Indian journal of veterinary science and animal husbandry - Volumes 28-29, 1958-1959
Year: 1958
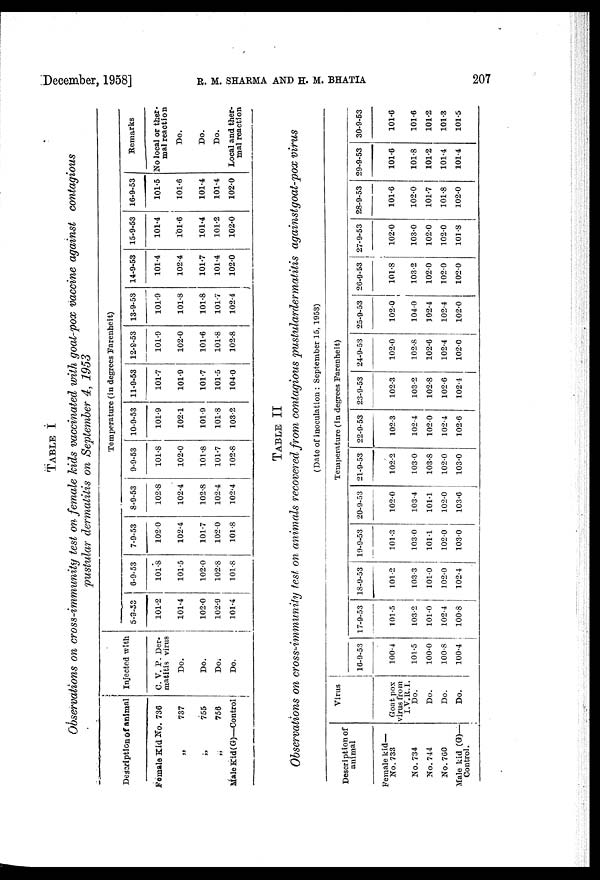
December, 1958] R. M. SHARMA AND H. M. BHATIA 207
TABLE I
Observations on cross-immunity test on female kids vaccinated with goat-pox vaccine against contagious
pustular dermatitis on September 4, 1953
Description of animal
Female Kid No. 736
„ 737
„ 755
„ 756
Male Kid (G)—Control
Injected with
C. V. P. Der-
matitis virus
Do.
Do.
Do.
Do.
Temperature (in degrees Farenheit)
5-9-53
101.2
101.4
102.0
102.9
101.4
6-9-53
101.8
101.5
102.0
102.8
101.8
7-9-53
102.0
102.4
101.7
102.0
101.8
8-9-53
102.8
102.4
102.8
102.4
102.4
9-9-53
101.8
102.0
101.8
101.7
102.8
10-9-53
101.9
102.1
101.9
101.8
103.2
11-9-53
101.7
101.9
101.7
101.5
104.0
12-9-53
101.9
102.0
101.6
101.8
102.8
13-9-53
101.9
101.8
101.8
101.7
102.4
14-9-53
101.4
102.4
101.7
101.4
102.0
15-9-53
101.4
101.6
101.4
101.2
102.0
16-9-53
101.5
101.6
101.4
101.4
102.0
Remarks
No local or ther-
mal reaction
Do.
Do.
Do.
Local and ther-
mal reaction
TABLE II
Observations on cross-immunity test on animals recovered from contagious pustulardermatitis
againstgoat-pox virus
(Date of inoculation : September 15, 1953)
Description of
animal
Female kid—
No. 733
No. 734
No. 744
No. 760
Male kid (G)—
Control.
Virus
Temperature (in degrees Farenheit)
16-9-53 17-9-53 18-9-53 19-9-53 20-9-53 21-9-53 22-9-53 23-9-53 24-9-53 25-9-53 26-9-53 27-9-53 28-9-53 29-9-53 30-9-53
Goat pox
virus from
I.V.R.I. Do.
Do.
Do.
Do.
100.4
101.5
100.0
100.8
100.4
101.5
103.2
101.0
102.4
100.8
101.2
103.3
101.0
102.0
102.4
101.3
103.0
101.1
102.0
103.0
102.0
103.4
101.1
102.0
103.6
102.2
103.0
103.8
102.0
103.0
102.3
102.4
102.0
102.4
102.6
102.3
103.2
102.8
102.6
102.4
102.0
102.8
102.6
102.4
102.0
102.0
104.0
102.4
102.4
102.0
101.8
103.2
102.0
102.0
102.0
102.0
103.0
102.0
102.0
101.8
101.6
102.0
101.7
101.8
102.0
101.6
101.8
101.2
101.4
101.4
101.6
101.6
101.2
101.3
101.5